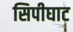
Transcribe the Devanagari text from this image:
सिपीघाट